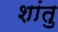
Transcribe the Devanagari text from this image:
शांतु